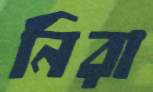
নিরা